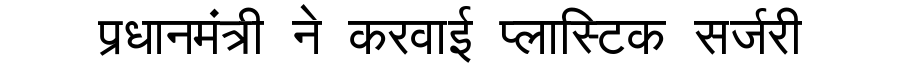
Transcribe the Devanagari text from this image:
प्रधानमंत्री ने करवाई प्लास्टिक सर्जरी